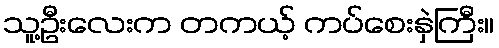
သူ့ဦးလေးက တကယ့် ကပ်စေးနှဲကြီး။